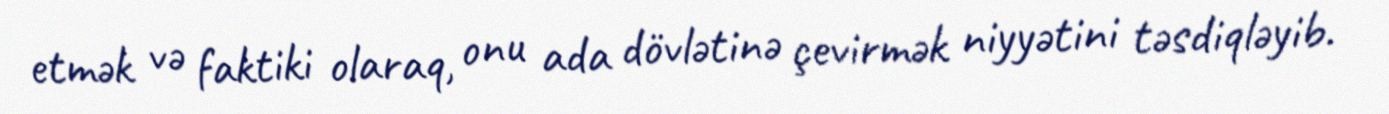
etmək və faktiki olaraq, onu ada dövlətinə çevirmək niyyətini təsdiqləyib.